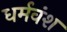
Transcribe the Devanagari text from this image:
धर्मवंश